65_HS1-834228961_62-HQ-83894_Section_4
Agency: FBI
Page 59
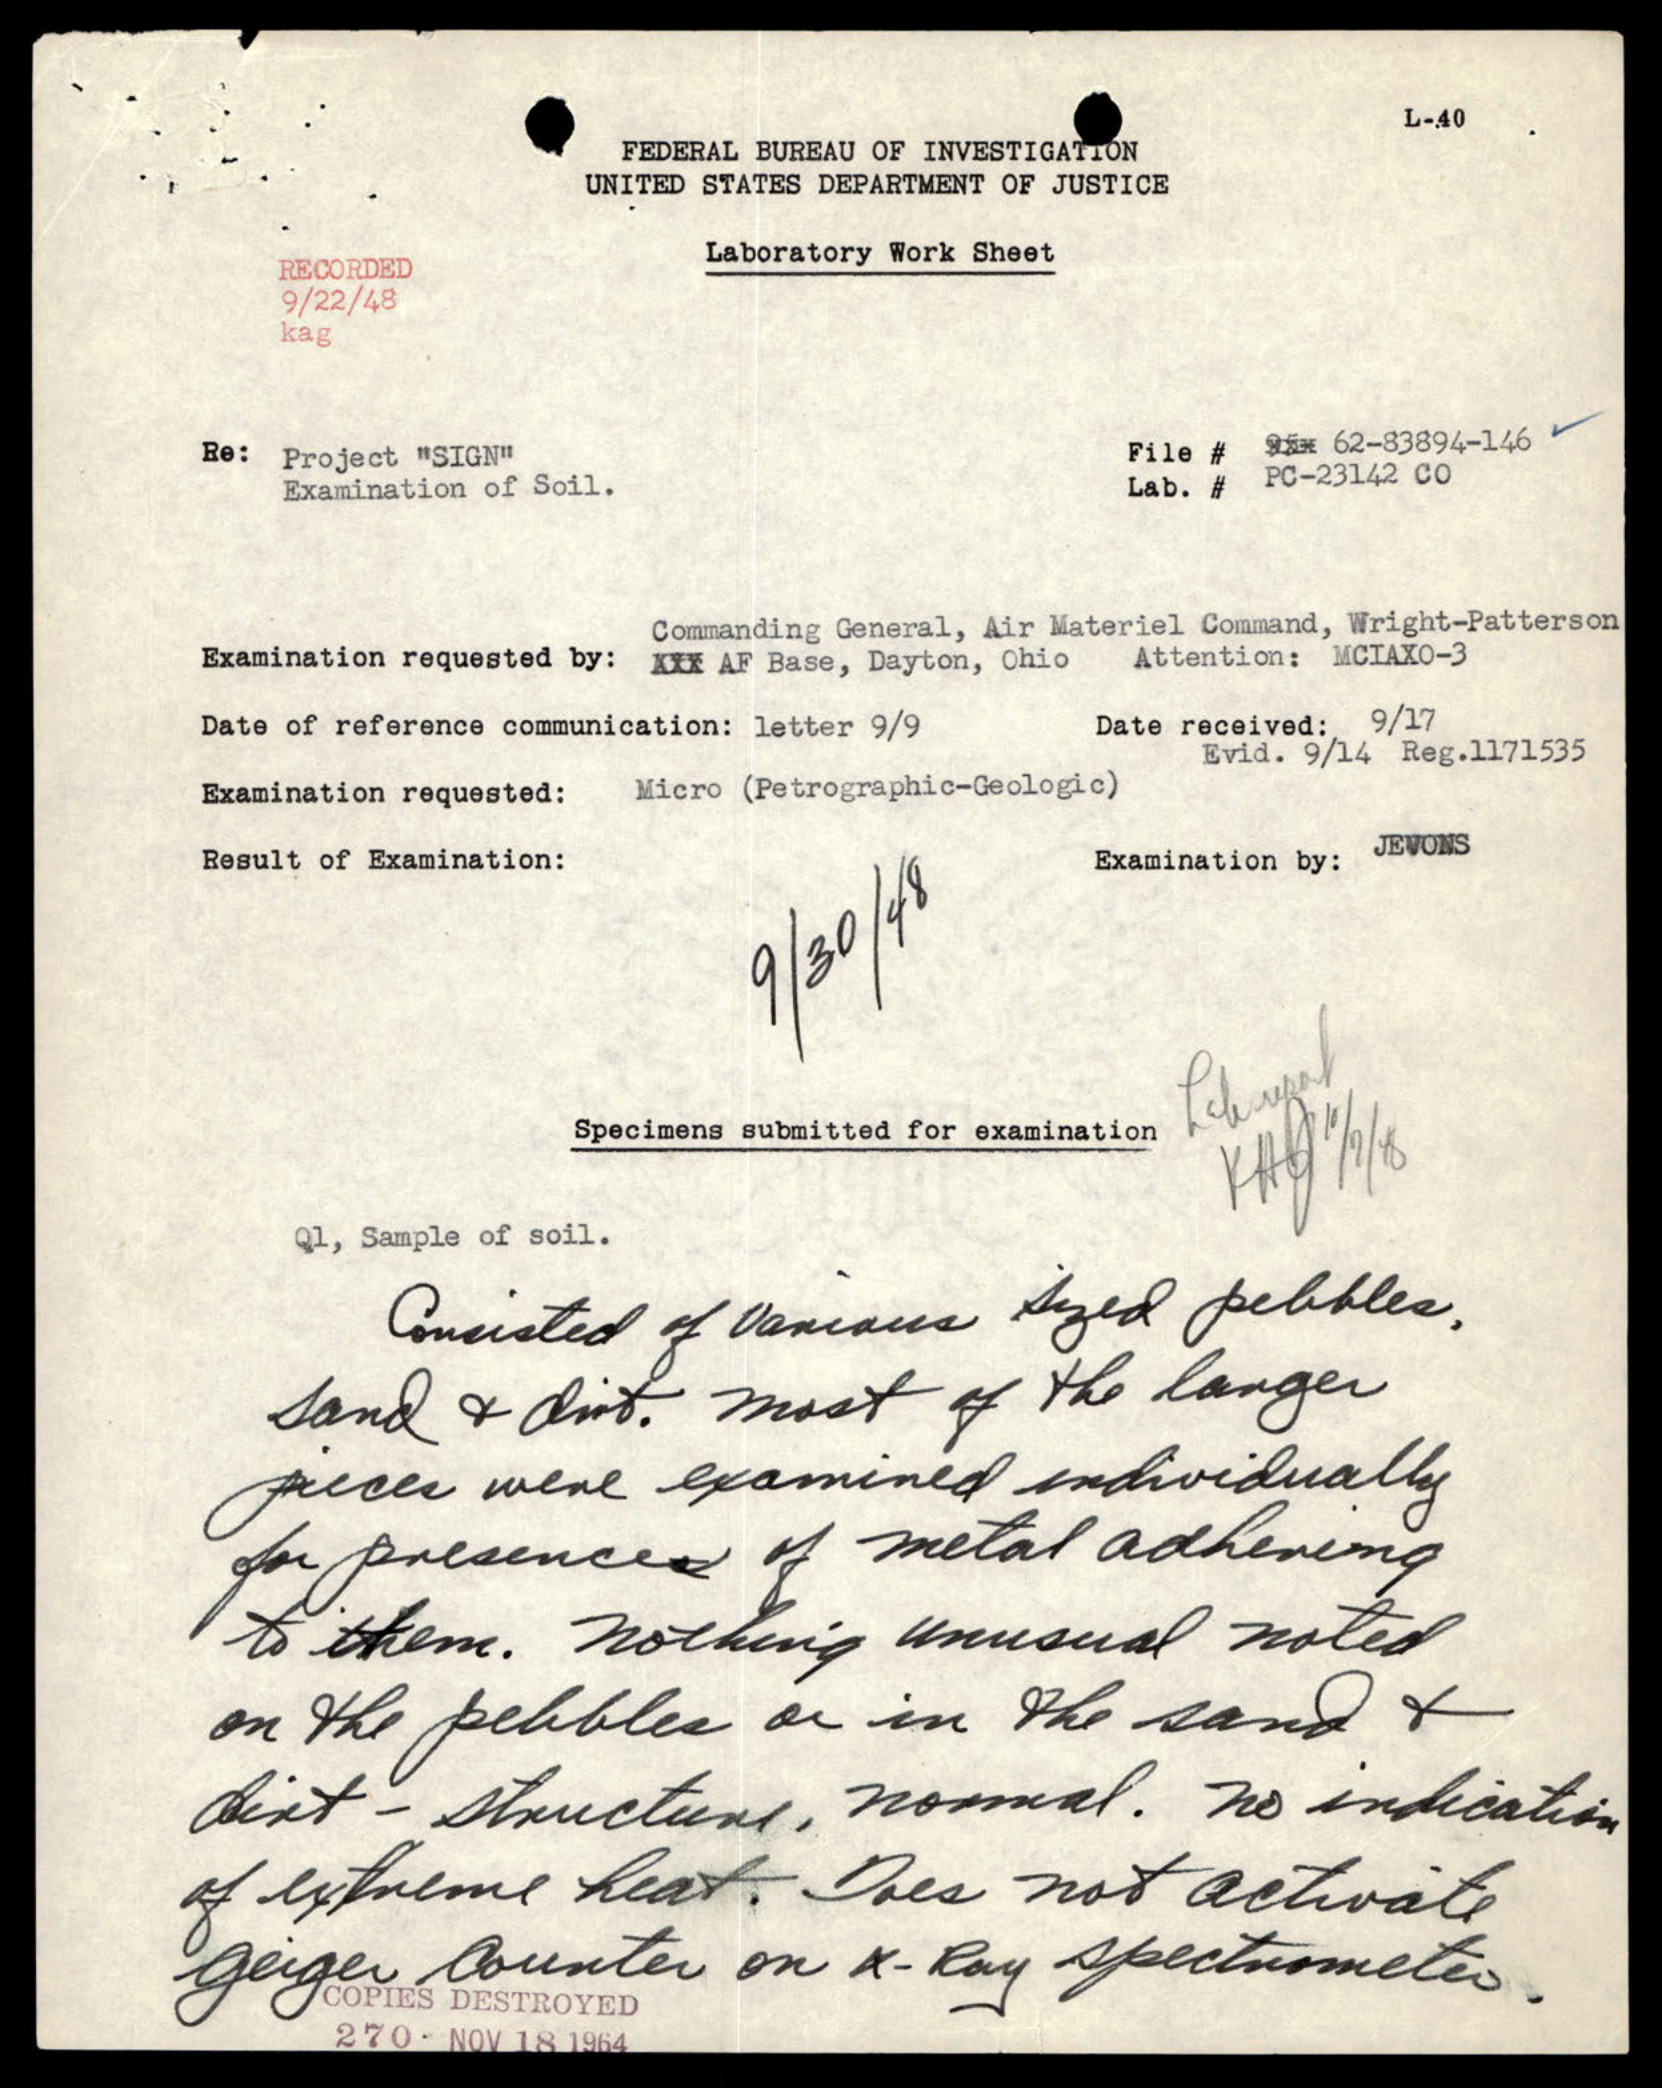